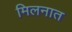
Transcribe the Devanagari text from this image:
मिलनात